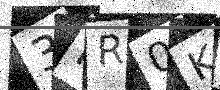
Text: 3PR0KE